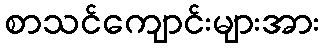
စာသင်ကျောင်းများအား